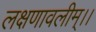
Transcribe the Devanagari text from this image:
लक्षणावलीम्।।